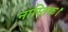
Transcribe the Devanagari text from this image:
नास्तिक।